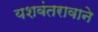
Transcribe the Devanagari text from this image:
यशवंतरावाने